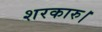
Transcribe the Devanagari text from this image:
शरकारु।